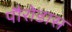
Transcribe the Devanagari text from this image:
पौरोडास